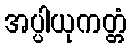
အပ္ပါယုကတ္တံ